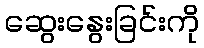
ဆွေးနွေးခြင်းကို